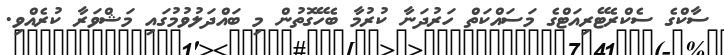
ސާކްގެ ސެކްރެޓޭރިއަޓްގެ މަސައްކަތް ހަރުދަނާ ކުރުމާ ބެހޭގޮތުން މި ބައްދަލުވުމުގައި މަޝްވަރާ ކުރެއްވި.